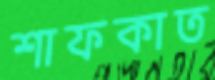
শাফকাত